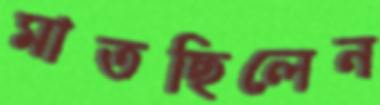
মাতছিলেন